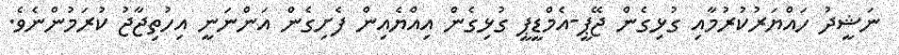
ނަޝީދު ހައްޔަރުކުރުމާއި ގުޅިގެން ޖޭޕީ-އެމްޑީޕީ ގުޅިގެން އިއްޔެއިން ފެށިގެން އަންނަނީ އިހުތިޖާޖު ކުރަމުންނެވެ.